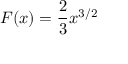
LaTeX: F ( x ) = { \frac { 2 } { 3 } } x ^ { 3 / 2 }